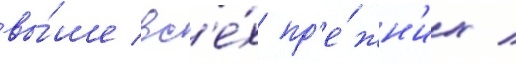
вы́ше вс'е́х пр'е́жн'их /